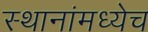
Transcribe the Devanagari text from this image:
स्थानांमध्येच